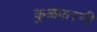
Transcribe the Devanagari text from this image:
कुळकरणी